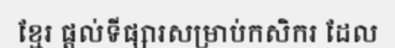
ខ្មែរ ផ្តល់ទីផ្សារសម្រាប់កសិករ ដែល